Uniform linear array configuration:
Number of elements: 24
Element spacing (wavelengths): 1
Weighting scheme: kaiser
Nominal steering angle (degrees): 30
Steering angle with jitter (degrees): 31.238
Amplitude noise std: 0.05
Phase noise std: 0.05

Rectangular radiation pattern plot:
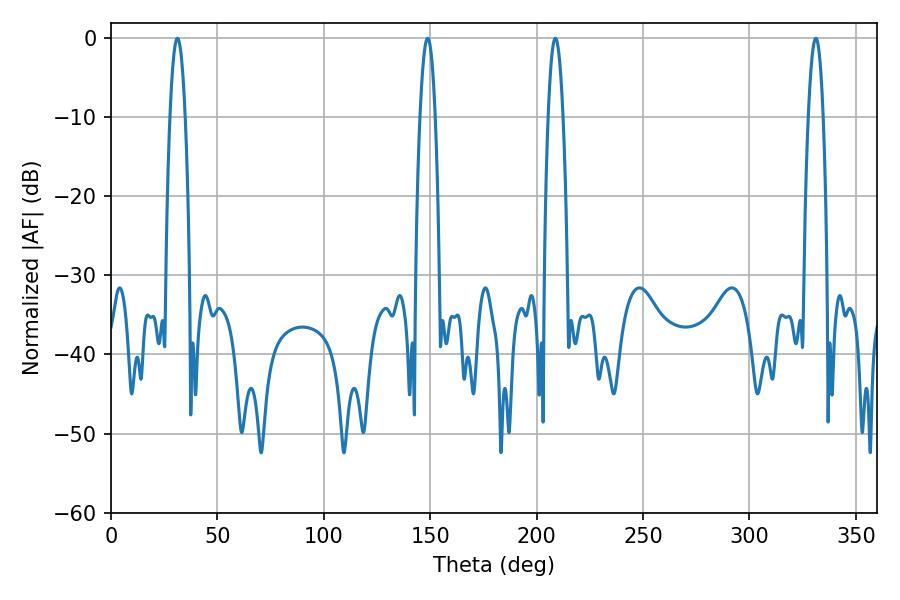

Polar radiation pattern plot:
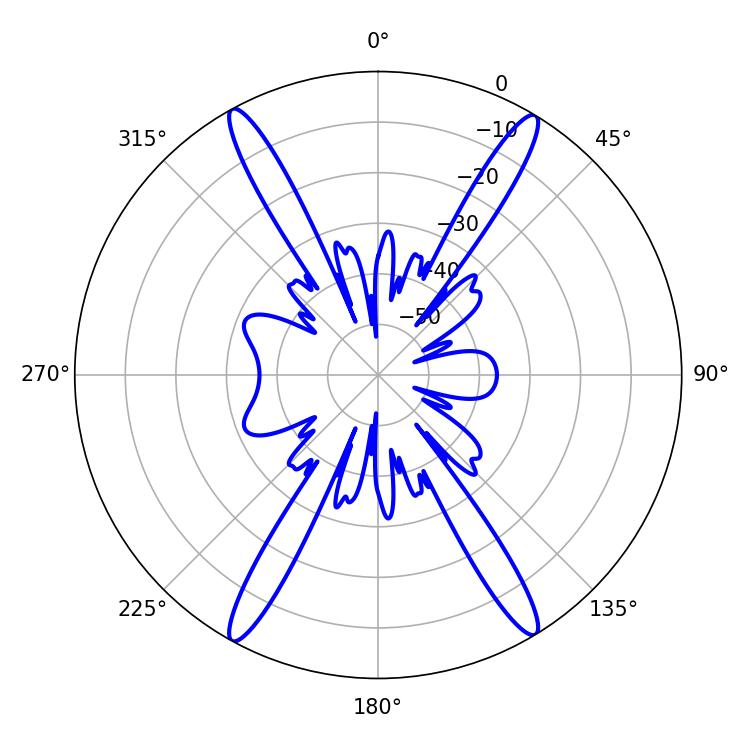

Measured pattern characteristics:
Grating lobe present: TRUE
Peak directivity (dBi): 24.653
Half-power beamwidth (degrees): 3.78
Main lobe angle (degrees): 208.8